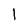
Character: 1